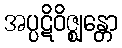
အပ္ပဋိဝိဇ္ဈန္တော